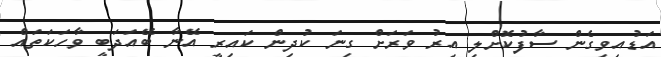
އަޑުއިވިގެން ސާފުކޮށްލި އިރު ވަރަށް ގިނަ ކުދިން ކައިރީ އޭނާ ބޭއަދަބީ ވާހަކަތައް